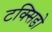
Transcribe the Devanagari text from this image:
टक्सिडो